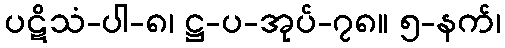
ပဋိသံ-ပါ-၈၊ ဋ္ဌ-ပ-အုပ်-၇၈။ ၅-နက်၊